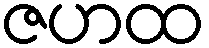
ဇဟထ